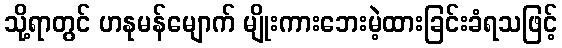
သို့ရာတွင် ဟနုမန်မျောက် မျိုးကားဘေးမဲ့ထားခြင်းခံရသဖြင့်